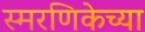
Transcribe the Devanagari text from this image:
स्मरणिकेच्या